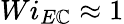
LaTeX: Wi_{E\mathbb{C}}\approx1